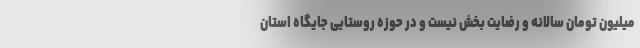
میلیون تومان سالانه و رضایت بخش نیست و در حوزه روستایی جایگاه استان